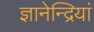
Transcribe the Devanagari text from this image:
ज्ञानेन्द्रियां